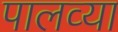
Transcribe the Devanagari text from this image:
पालव्या